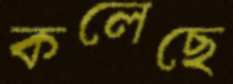
কলেছে